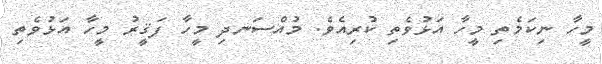
މީހާ ނިކަމެތި މީހާ އަޅުވެތި ކުރިއެވެ. މުއްސަނދި މީހާ ފަޤީރު މީހާ އަޅުވެތި